Civil Veterinary Department Bihar & Orissa reports 1922-29 - 1922-1929
Year: 1922
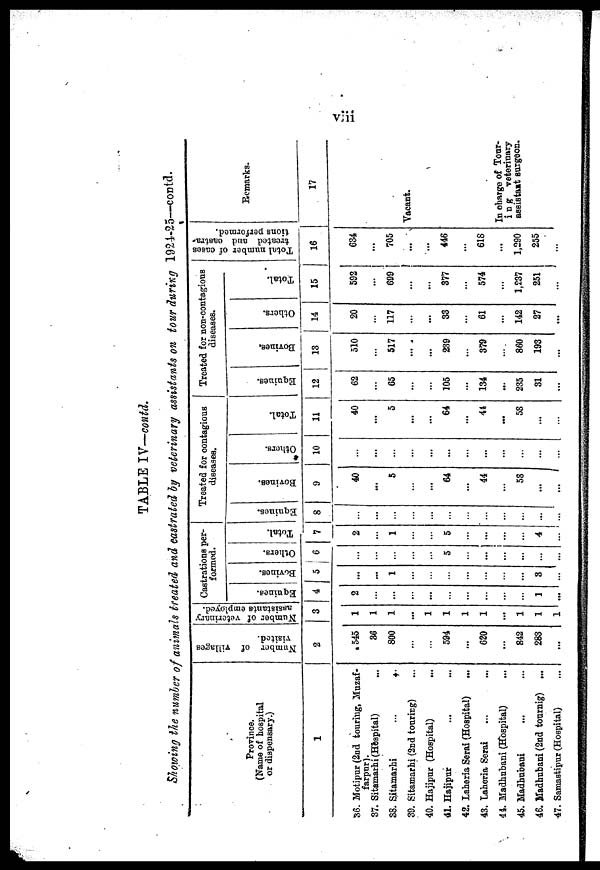
viii
TABLE
IVcontd.
Showing the number of animals treated and castrated by veterinary assistants on tour during 1924-25—contd.
Province.
(Name of hospital
or dispensary.)
1
36. Motipur (2nd touring, Muzaf-
farpnr).
37. Sitamarhi (Hospital)
38. Sitamarhi
...
..
39. Sitamarhi (2nd touring)
40. Hajipur (Hospital)
41. Hajipur
42. Laheria Serai (Hospital)
...
43. Laheria Serai
44. Madhubani (Hospital)
45. Madhubani
46. Madhubani (2nd tournig) ...
.47. Samastipur (Hospital)
Number of villages
visited.
2
543
36
800
594
...
620
...
842
283
...
Number of veterinary
assistants employed.
3
1
1
1
...
1
1
1
1
...
1
1
1
Castrations per-
formed.
Equines.
4
2
...
...
...
...
...
...
...
...
...
1
...
Bovines.
Others.
5 6
...
...
1
...
...
...
...
...
...
...
3
...
...
...
...
...
5
...
...
...
...
...
...
Total.
7
2
...
1
...
...
5
...
...
...
...
4
...
Treated for contagious
diseases.
Equines.
8
...
...
...
...
...
...
...
...
...
...
...
...
Bovines.
9
40
...
5
...
...
64
...
44
...
53
...
Others.
10
...
...
...
...
...
...
...
...
...
...
Total.
11
40
...
5
...
...
64
...
44
...
53
...
Treated for non-contagious
diseases.
Equines.
12
62
...
65
...
...
105
...
134
...
235
31
Bovines,
13
510
...
517
...
...
239
...
379
...
860
193
...
Others.
14
20
...
117
...
...
33
...
61
...
142
27
...
Total.
15
592
...
699
...
...
377
...
574
...
1,237
251
...
Total number of cases
treated and eastra-
tions performed.
16
634
...
705
...
...
446
...
618
...
1,290
255
...
Remarks.
17
Vacant.
In charge of Tour-
ing
veterinary
surgeon.